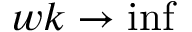
w k \rightarrow \operatorname* { i n f }